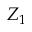
Z _ { 1 }